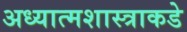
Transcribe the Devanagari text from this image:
अध्यात्मशास्त्राकडे